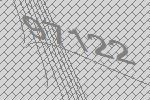
97122